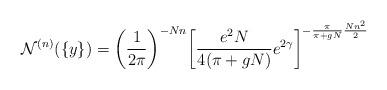
LaTeX: \begin{align*}{\cal N}^{(n)} (\{y\}) = \left( \frac{1}{2\pi} \right)^{-Nn} \!\left[\frac{e^2 N}{4 ( \pi +gN)} e^{2\gamma} \right]^{-\frac{\pi}{\pi + gN} \frac{Nn^2}{2}}\end{align*}